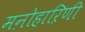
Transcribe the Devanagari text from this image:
मऩोहाऱिणी